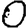
Digit: 0